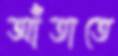
আঁতাতে